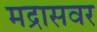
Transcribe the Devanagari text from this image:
मद्रासवर